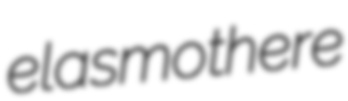
elasmothere